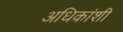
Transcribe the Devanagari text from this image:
अधिकांशी